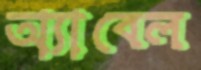
অ্যাবেল